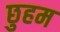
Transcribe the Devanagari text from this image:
छुहम